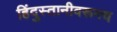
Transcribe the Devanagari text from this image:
हिंदुस्तानीवरूनच